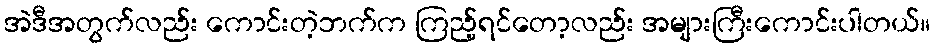
အဲဒီအတွက်လည်း ကောင်းတဲ့ဘက်က ကြည့်ရင်တော့လည်း အများကြီးကောင်းပါတယ်။